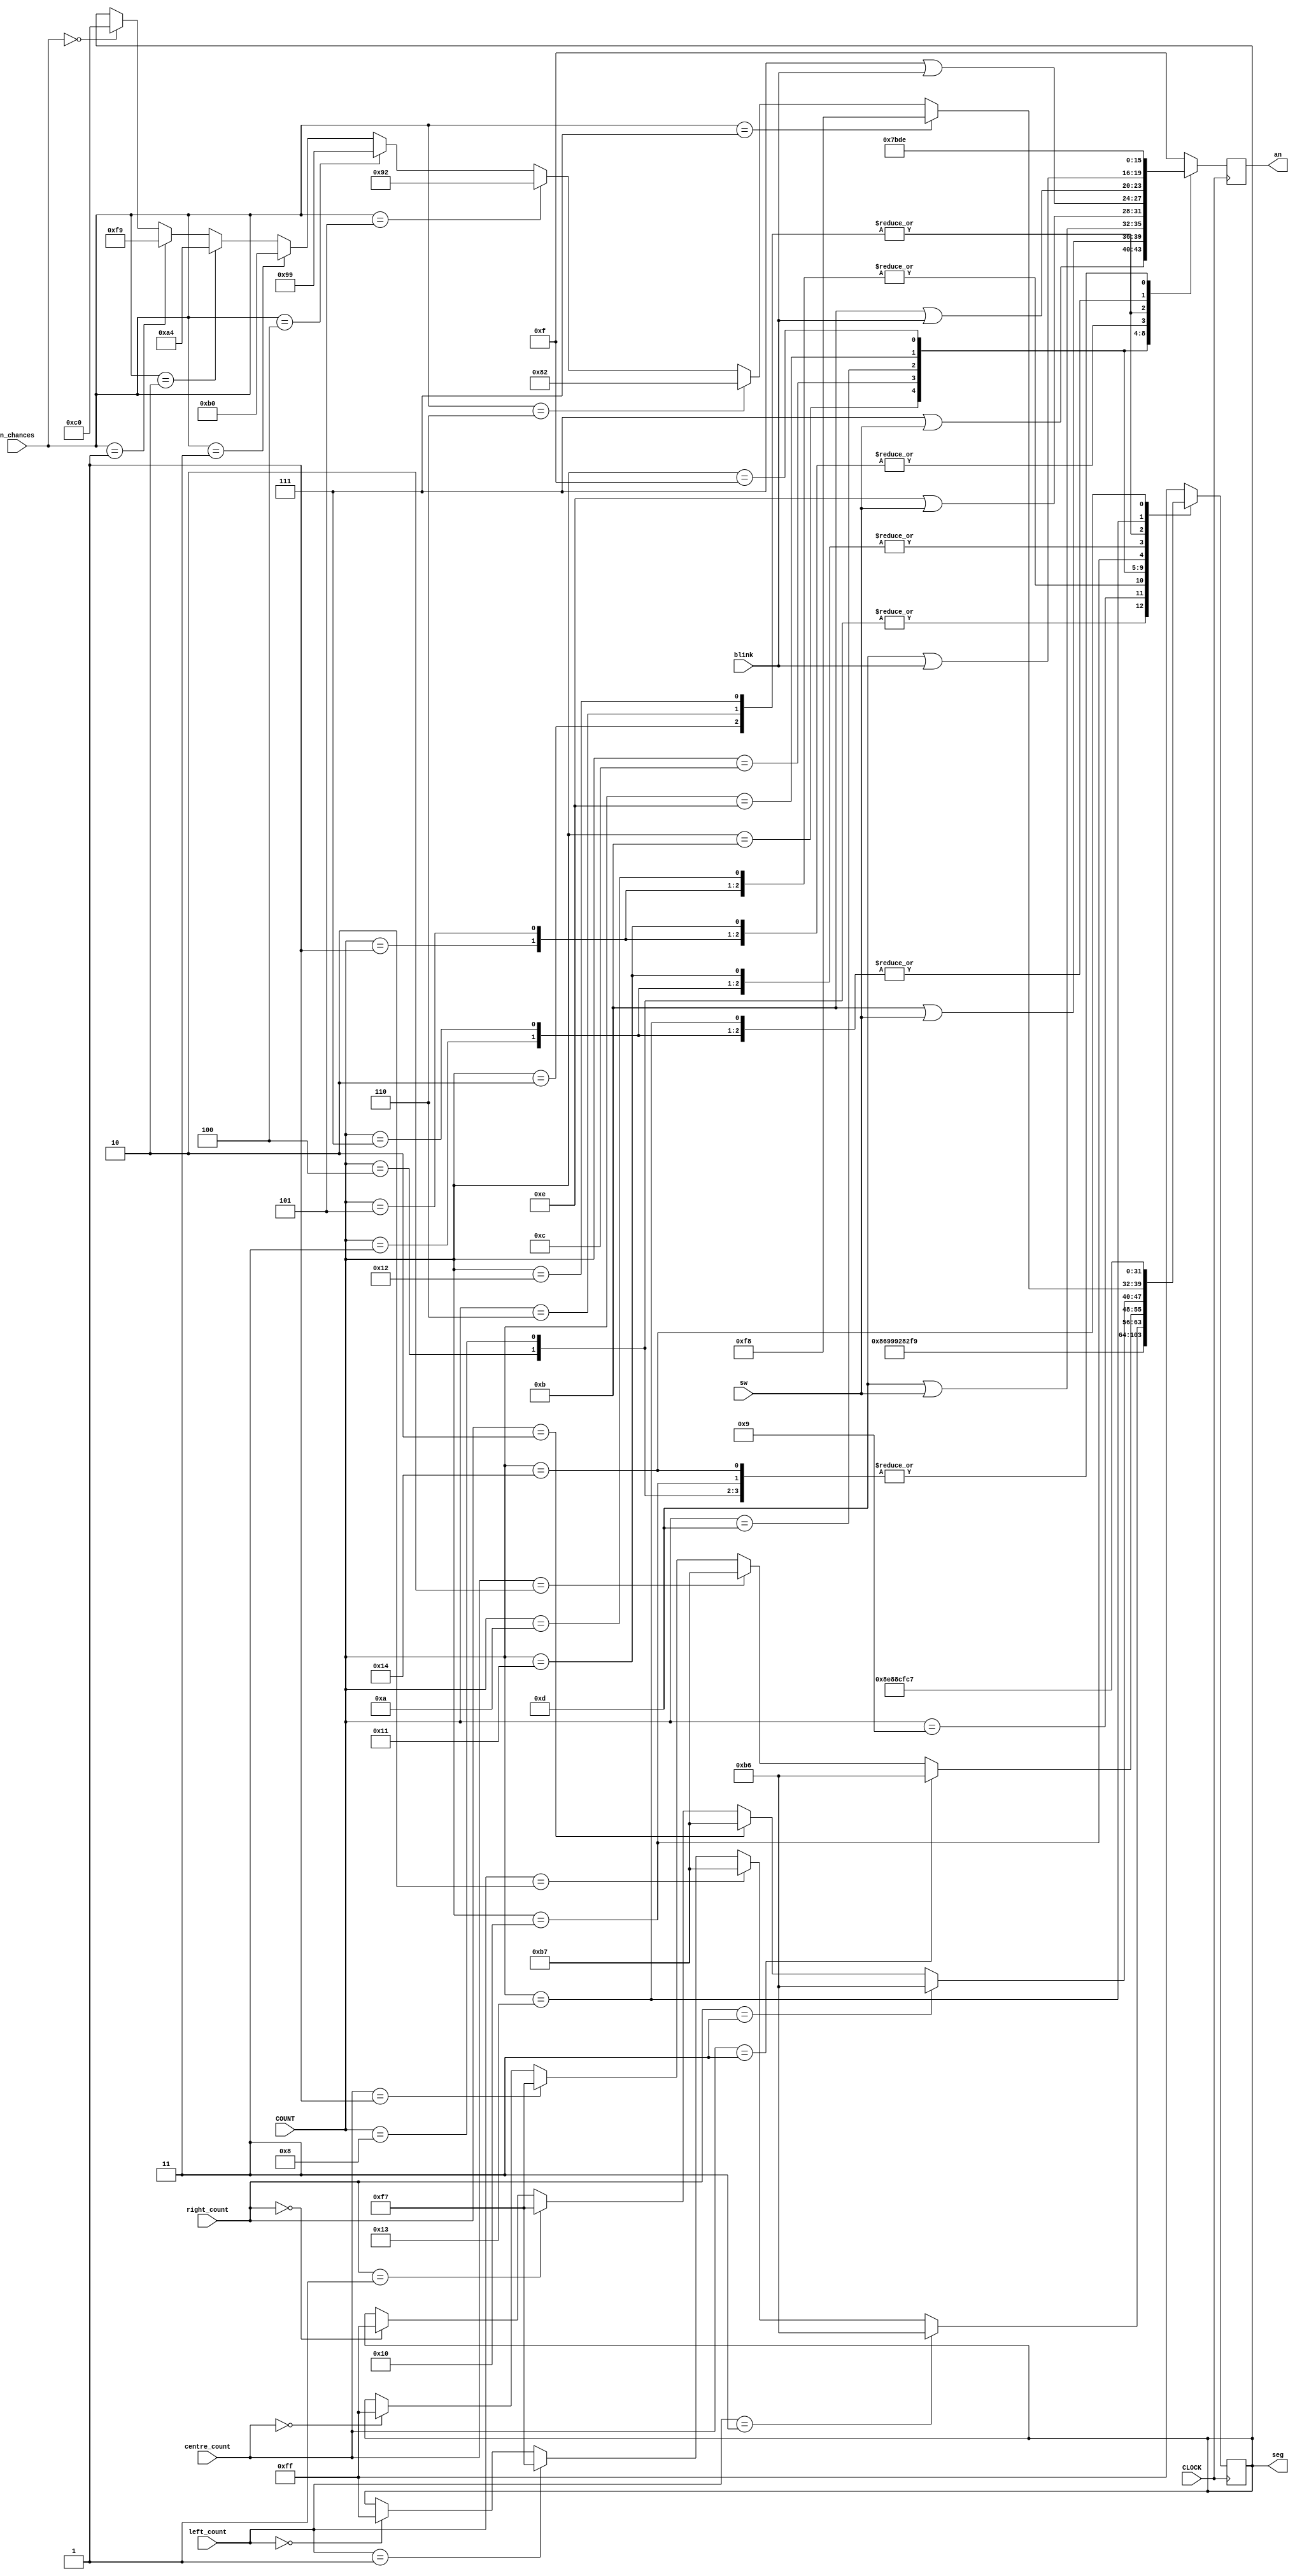
`timescale 1ns / 1ps
//////////////////////////////////////////////////////////////////////////////////
// Company: 
// Engineer: 
// 
// Design Name: 
// Module Name: seven_segment_controller
// Project Name: 
// Target Devices: 
// Tool Versions: 
// Description: 
// 
// Dependencies: 
// 
// Revision:
// Revision 0.01 - File Created
// Additional Comments:
// 
//////////////////////////////////////////////////////////////////////////////////


module seven_segment_controller(
    input CLOCK,
    input [6:0] COUNT,
    input [3:0] sw,
    input [2:0] n_chances,
    input [1:0] left_count,
    input [1:0] centre_count,
    input [1:0] right_count,
    input [3:0] blink,
    output reg [3:0] an,
    output reg [7:0] seg
    );
    
    
    always @ (posedge CLOCK)
    begin
        case (COUNT)
            7'b0000000:
                begin
                    an <= 4'b1111;
                    seg <= 8'b11111111;
                end
            7'b0000001:
                begin
                    an <= 4'b0111;
                    seg <= 8'b10010010;
                end
            7'b0000010:
                begin
                    an <= 4'b1011;
                    seg <= 8'b10001000;
                end
            7'b0000011:
                begin
                    an <= 4'b1101;
                    seg <= 8'b10001110;
                end
            7'b0000100:
                begin
                    an <= 4'b1110;
                    seg <= 8'b10000110;
                end
            7'b0000101:
                begin
                    an <= 4'b0111;
                    seg <= 8'b10010010;
                end
            7'b0000110:
                begin
                    an <= 4'b1011;
                    seg <= 8'b10001000;
                end
            7'b0000111:
                begin
                    an <= 4'b1101;
                    seg <= 8'b10001110;
                end
            7'b0001000:
                begin
                    an <= 4'b1110;
                    seg <= 8'b10000110;
                end
            7'b0001001:
                begin
                    an <= (4'b0111 | sw);
                    seg <= 8'b10011001;
                end
            7'b0001010:
                begin
                    an <= (4'b1011 | sw);
                    seg <= 8'b10010010;
                end
            7'b0001011:
                begin
                    an <= (4'b1101 | sw);
                    seg <= 8'b10000010;
                end
            7'b0001100:
                begin
                    an <= (4'b1110 | sw);
                    seg <= 8'b11111001;
                end
            7'b0001101:
                begin
                    an <= (4'b0111 | blink);
                    if (left_count == 0)
                        seg <= 8'b11111111;
                    if (left_count == 1)
                        seg <= 8'b11110111;
                    if (left_count == 2)
                        seg <= 8'b10110111;
                    if (left_count == 3)
                        seg <= 8'b10110110;
                end
            7'b0001110:
                begin
                    an <= (4'b1011 | blink);
                    if (centre_count == 0)
                        seg <= 8'b11111111;
                    if (centre_count == 1)
                        seg <= 8'b11110111;
                    if (centre_count == 2)
                        seg <= 8'b10110111;
                    if (centre_count == 3)
                        seg <= 8'b10110110;
                end
            7'b0001111:
                begin
                    an <= (4'b1101 | blink);
                    if (right_count == 0)
                        seg <= 8'b11111111;
                    if (right_count == 1)
                        seg <= 8'b11110111;
                    if (right_count == 2)
                        seg <= 8'b10110111;
                    if (right_count == 3)
                        seg <= 8'b10110110;
                end
            7'b0010000:
                begin
                    an <= 4'b1110;
                    if (n_chances == 0)
                        seg <= 8'b11000000;
                    if (n_chances == 1)
                        seg <= 8'b11111001;
                    if (n_chances == 2)
                        seg <= 8'b10100100;
                    if (n_chances == 3)
                        seg <= 8'b10110000;
                    if (n_chances == 4)
                        seg <= 8'b10011001;
                    if (n_chances == 5)
                        seg <= 8'b10010010;
                    if (n_chances == 6)
                        seg <= 8'b10000010;
                    if (n_chances == 7)
                        seg <= 8'b11111000;
                end
            7'b0010001:
                begin
                    an <= 4'b0111;
                    seg <= 8'b10001110;
                end
            7'b0010010:
                begin
                    an <= 4'b1011;
                    seg <= 8'b10001000;
                end
            7'b0010011:
                begin
                    an <= 4'b1101;
                    seg <= 8'b11001111;
                end
            7'b0010100:
                begin
                    an <= 4'b1110;
                    seg <= 8'b11000111;
                end
            default: 
                begin
                    an <= 4'b1111;
                    seg <= 8'b11111111;
                end
        endcase
    end
endmodule